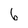
Character: 6